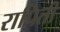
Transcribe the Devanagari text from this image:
रापिती